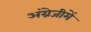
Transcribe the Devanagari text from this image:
अंग्रेजीमें